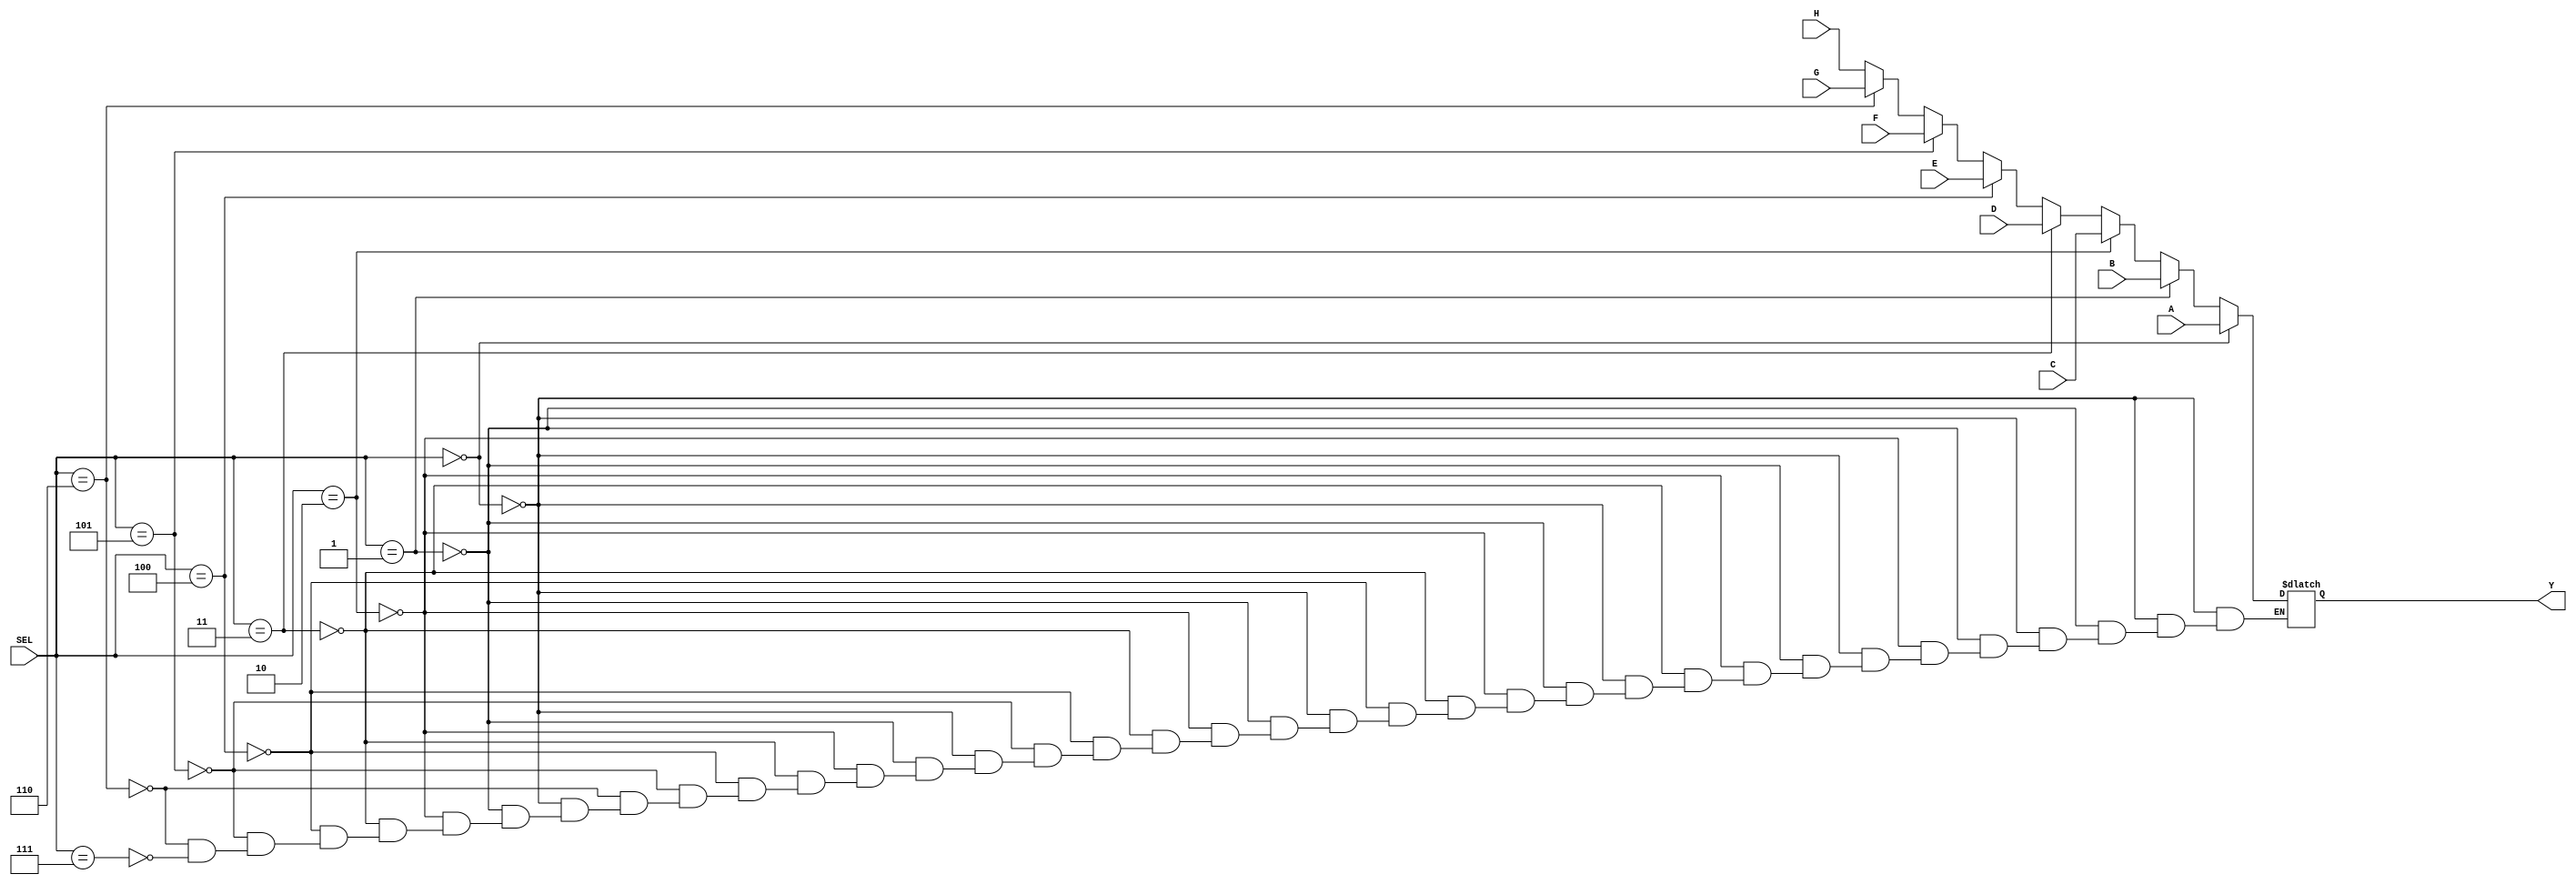
module TEST7 (
	input wire [7:0] A,
	input wire [7:0] B,
	input wire [7:0] C,
	input wire [7:0] D,
	input wire [7:0] E,
	input wire [7:0] F,
	input wire [7:0] G,
	input wire [7:0] H,
	input wire [2:0] SEL,
	output reg [7:0] Y
);

	always@(*) 
		begin
			if(SEL == 3'b000) 
				begin
					Y = A;
				end 
			else if(SEL == 3'b001) 
				begin
					Y = B;
				end 
			else if(SEL == 3'b010) 
				begin
					Y = C;
				end 
			else if(SEL == 3'b011) 
				begin
					Y = D;
				end 
			else if(SEL == 3'b100) 
				begin
					Y = E;
				end 
			else if(SEL == 3'b101) 
				begin
					Y = F;
				end 
			else if(SEL == 3'b110) 
				begin
					Y = G;
				end 
			else if(SEL == 3'b111) 
				begin
					Y = H;
				end 
		end

endmodule